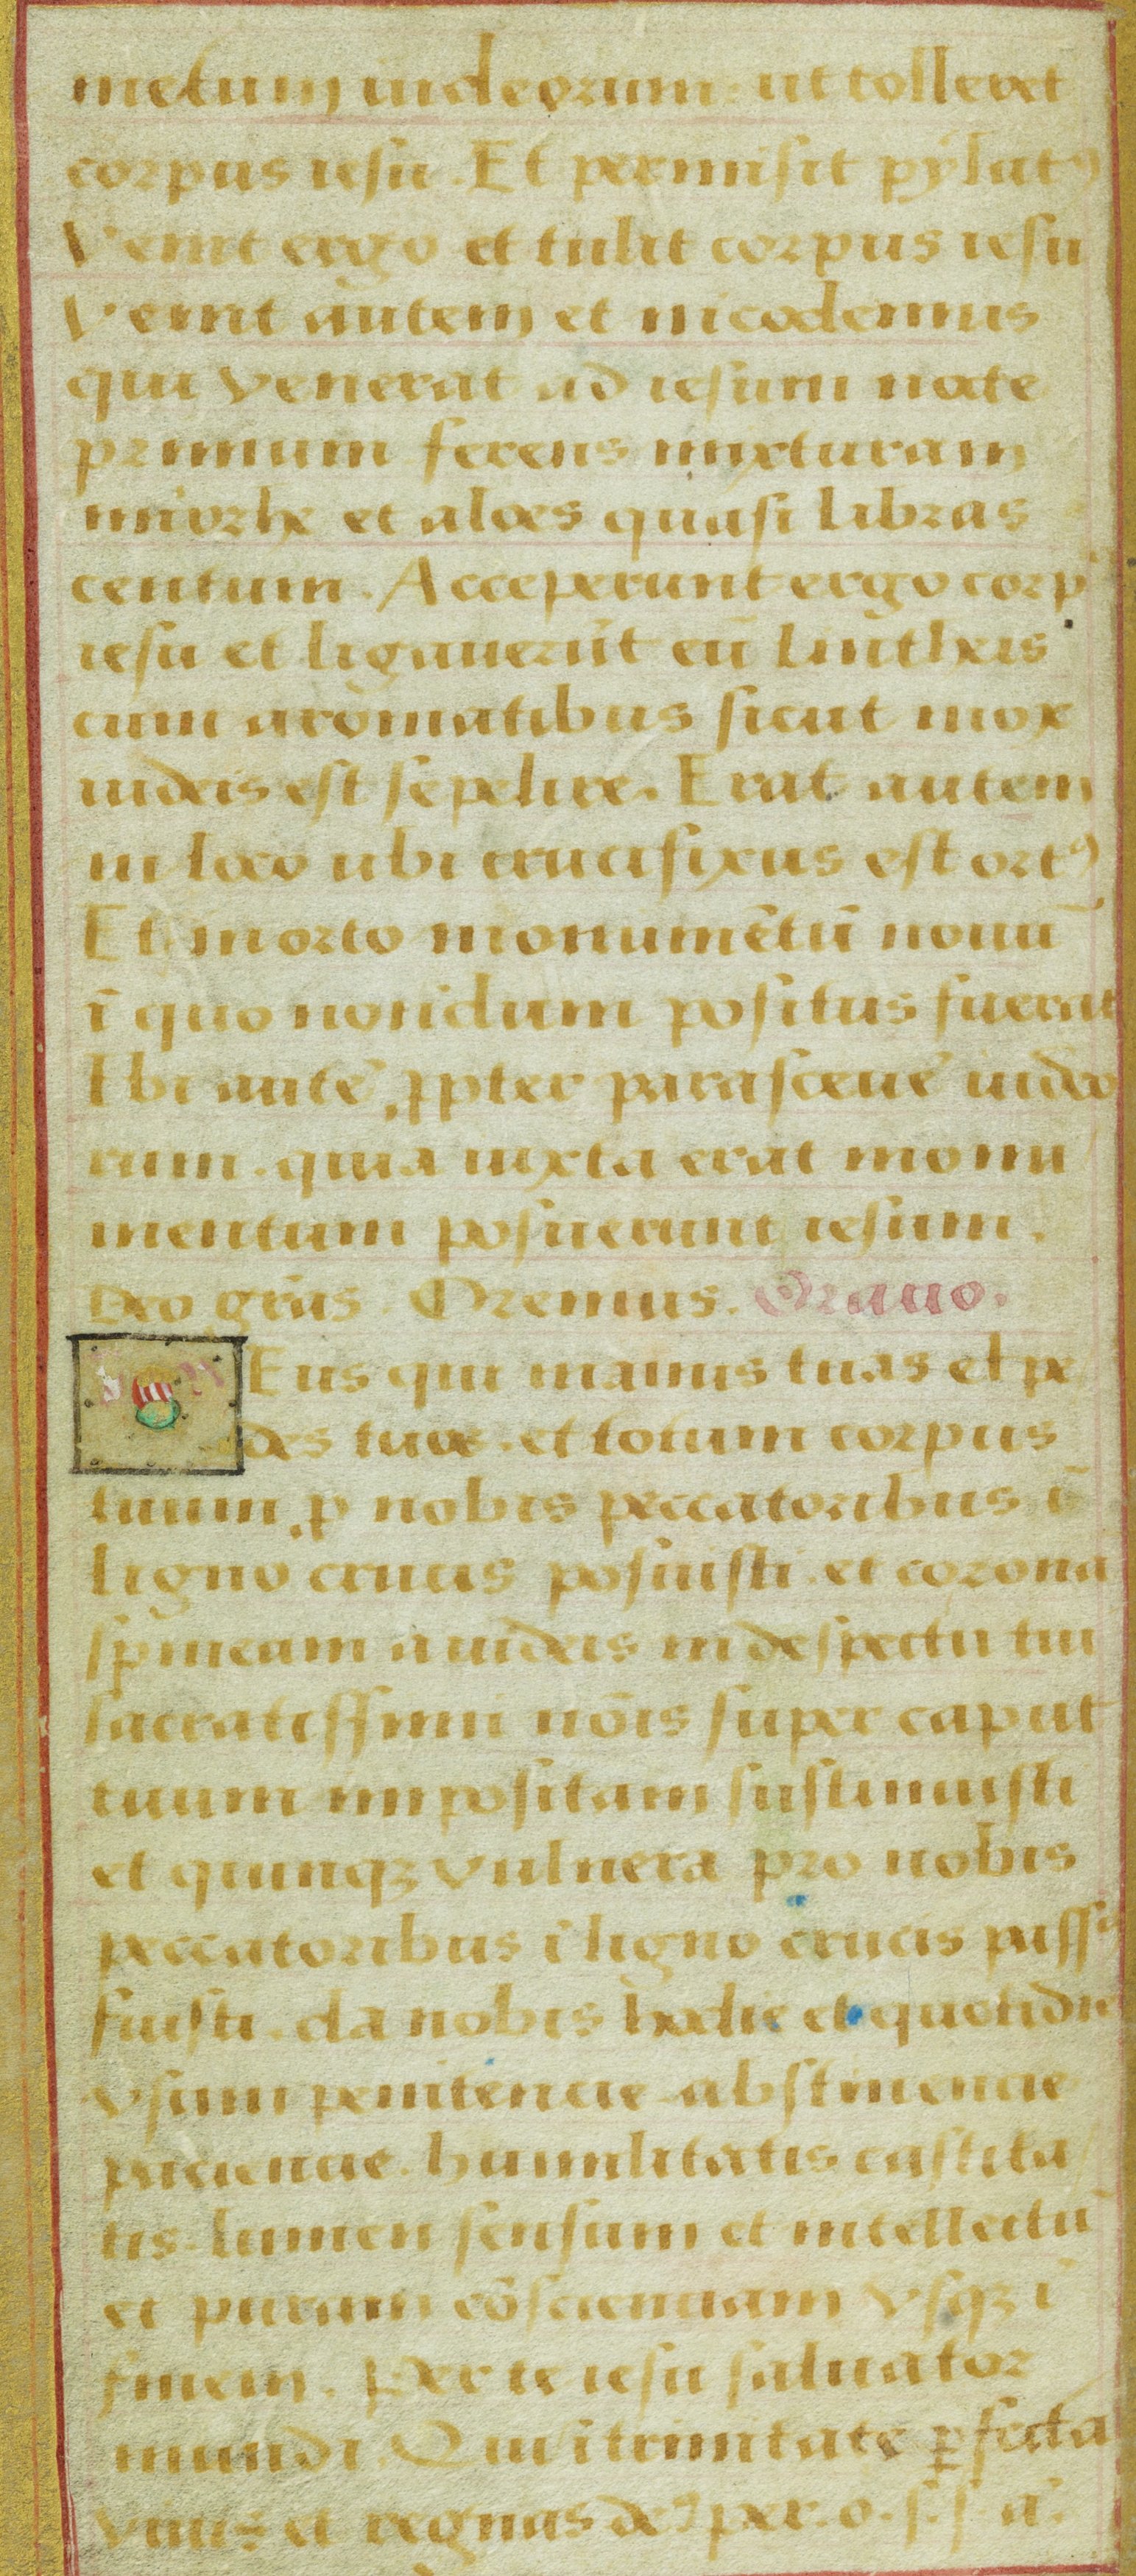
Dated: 1525–1549